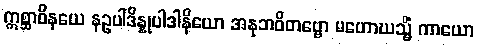
ဣစ္ဆာဝိနယေ နဥပါဒိန္နုပါဒါနိယော အနုဘဝိတဗ္ဗော မဟောဃသ္မိံ ကာယော